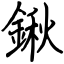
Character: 鍬